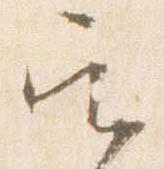
官